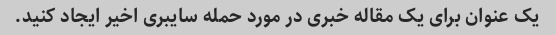
یک عنوان برای یک مقاله خبری در مورد حمله سایبری اخیر ایجاد کنید.